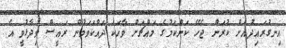
އިނގުރައިދުއަށް ކުރަން ޖެހޭ ކަންކަމުގެ މައްޗަށް ވާހަކަ ދައްކަވަމުން ރައީސް ވިދާޅުވީ އެ